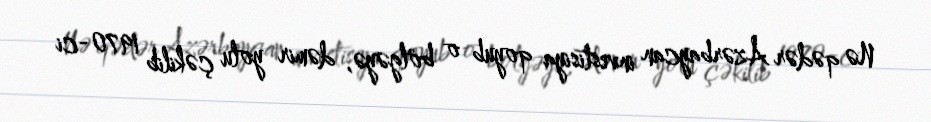
Nə qədər Azərbaycan investisiya qoyub o bölgəyə, dəmir yolu çəkilib 1970-ci